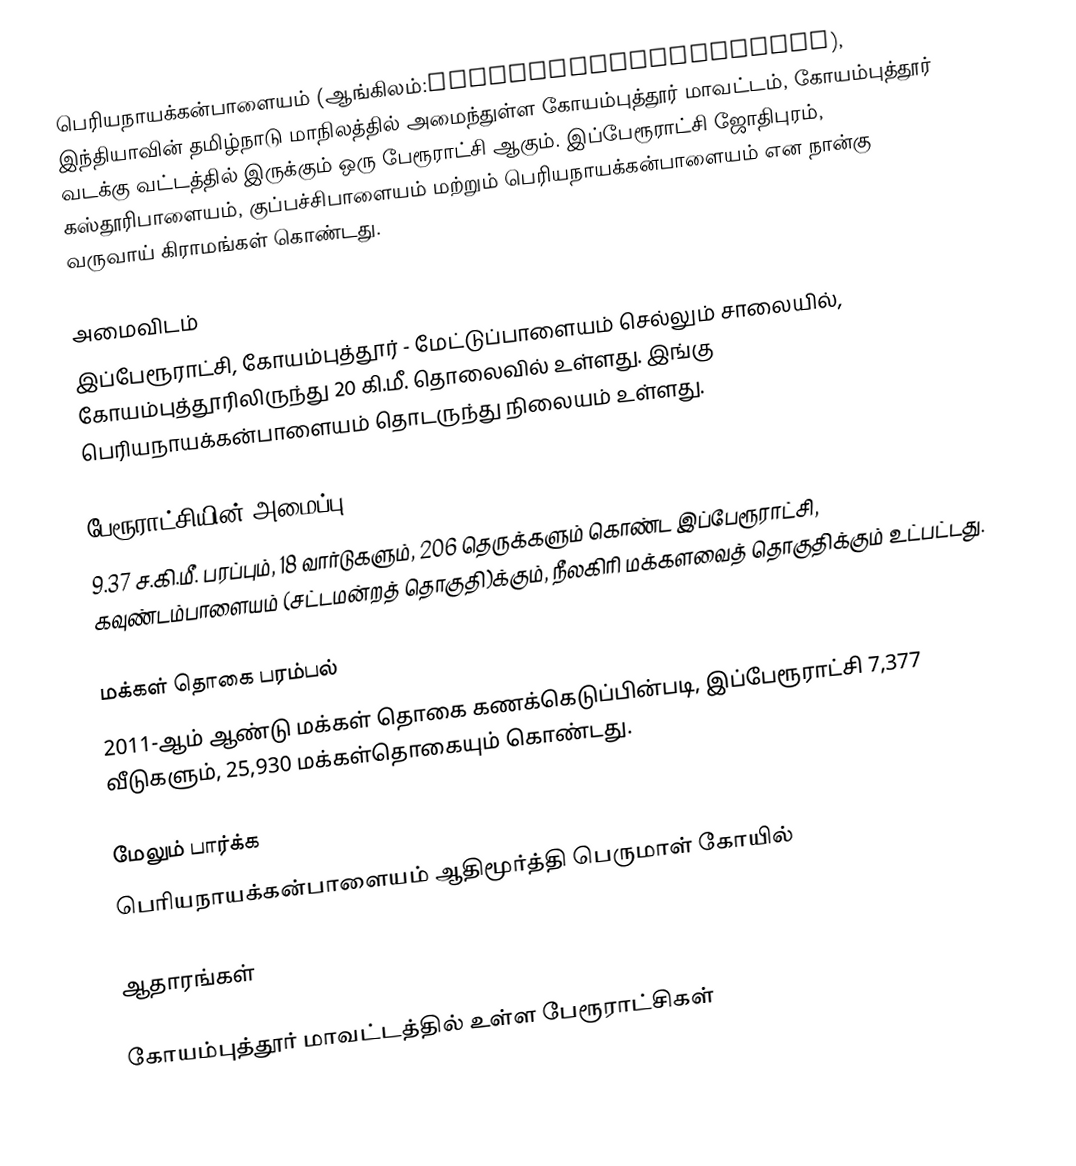
பெரியநாயக்கன்பாளையம் (ஆங்கிலம்:Periyanaickenpalayam), இந்தியாவின் தமிழ்நாடு மாநிலத்தில் அமைந்துள்ள கோயம்புத்தூர் மாவட்டம், கோயம்புத்தூர் வடக்கு வட்டத்தில் இருக்கும் ஒரு பேரூராட்சி ஆகும்.  இப்பேரூராட்சி ஜோதிபுரம், கஸ்தூரிபாளையம், குப்பச்சிபாளையம் மற்றும் பெரியநாயக்கன்பாளையம் என நான்கு வருவாய் கிராமங்கள் கொண்டது.

அமைவிடம்
இப்பேரூராட்சி, கோயம்புத்தூர் - மேட்டுப்பாளையம் செல்லும் சாலையில், கோயம்புத்தூரிலிருந்து 20 கி.மீ. தொலைவில் உள்ளது. இங்கு பெரியநாயக்கன்பாளையம் தொடருந்து நிலையம் உள்ளது.

பேரூராட்சியின் அமைப்பு
9.37 ச.கி.மீ. பரப்பும், 18 வார்டுகளும், 206 தெருக்களும்  கொண்ட இப்பேரூராட்சி,  கவுண்டம்பாளையம்  (சட்டமன்றத் தொகுதி)க்கும், நீலகிரி மக்களவைத் தொகுதிக்கும் உட்பட்டது.

மக்கள் தொகை பரம்பல்
2011-ஆம் ஆண்டு மக்கள் தொகை கணக்கெடுப்பின்படி,  இப்பேரூராட்சி 7,377 வீடுகளும், 25,930 மக்கள்தொகையும் கொண்டது.

மேலும் பார்க்க
 பெரியநாயக்கன்பாளையம் ஆதிமூர்த்தி பெருமாள் கோயில்

ஆதாரங்கள்

கோயம்புத்தூர் மாவட்டத்தில் உள்ள பேரூராட்சிகள்